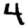
Digit: 4